Report on vaccination in the Province of Bengal - 1869-1873
Year: 1869
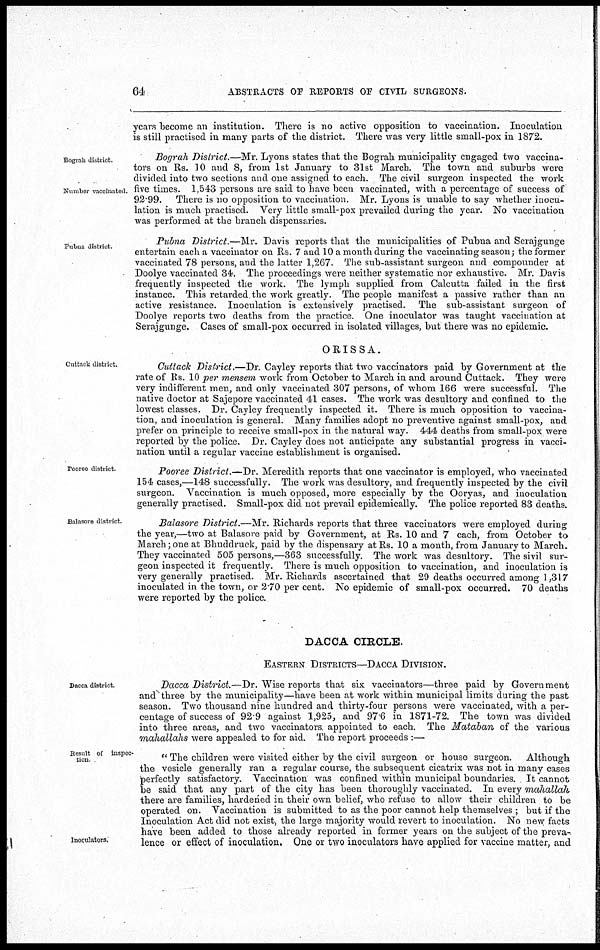
64
ABSTRACTS OF REPORTS OF CIVIL SURGEONS.
years become an institution. There is no active opposition to vaccination. Inoculation
is still practised in many parts of the district. There was very little small-pox in 1872.
Bograh district
Number vaccinated.
Bograh District.—Mr. Lyons states that the Bograh municipality engaged two vaccina-
tors on Rs. 10 and 8, from 1st January to 31st March. The town and suburbs were
divided into two sections and one assigned to each. The civil surgeon inspected the work
five times. 1,543 persons are said to have been vaccinated, with a percentage of success of
92.99. There is no opposition to vaccination. Mr. Lyons is unable to say whether inocu-
lation is much practised. Very little small-pox prevailed during the year. No vaccination
was performed at the branch dispensaries.
Pubua district.
Pubna District.—Mr. Davis reports that the municipalities of Pubna and Serajgunge
entertain each a vaccinator on Rs. 7 and 10 a month during the vaccinating season; the former
vaccinated 78 persons, and the latter 1,267. The sub-assistant surgeon and compounder at
Doolye vaccinated 34. The proceedings were neither systematic nor exhaustive. Mr. Davis
frequently inspected the work. The lymph supplied from Calcutta failed in the first
instance. This retarded the work greatly. The people manifest a passive rather than an
active resistance. Inoculation is extensively practised. The sub-assistant surgeon of
Doolye reports two deaths from the practice. One inoculator was taught vaccination at
Serajgunge. Cases of small-pox occurred in isolated villages, but there was no epidemic.
ORISSA.
Cuttack district.
Cuttack District.—Dr. Cayley reports that two vaccinators paid by Government at the
rate of Rs. 10 per mensem work from October to March in and around Cuttack. They were
very indifferent men, and only vaccinated 307 persons, of whom 166 were successful. The
native doctor at Sajepore vaccinated 41 cases. The work was desultory and confined to the
lowest classes. Dr. Cayley frequently inspected it. There is much opposition to vaccina-
tion, and inoculation is general. Many families adopt no preventive against small-pox, and
prefer on principle to receive small-pox in the natural way. 444 deaths from small-pox were
reported by the police. Dr. Cayley does not anticipate any substantial progress in vacci-
nation until a regular vaccine establishment is organised.
Pooree district.
Pooree District.—Dr. Meredith reports that one vaccinator is employed, who vaccinated
154 cases,—148 successfully. The work was desultory, and frequently inspected by the civil
surgeon. Vaccination is much opposed, more especially by the Ooryas, and inoculation
generally practised. Small-pox did not prevail epidemically. The police reported 83 deaths.
Balasore district.
Balasore District.—Mr. Richards reports that three vaccinators were employed during
the year,—two at Balasore paid by Government, at Rs. 10 and 7 each, from October to
March; one at Bhuddruck, paid by the dispensary at Rs. 10 a month, from January to March.
They vaccinated 505 persons,—363 successfully. The work was desultory. The sivil sur-
geon inspected it frequently. There is much opposition to vaccination, and inoculation is
very generally practised. Mr. Richards ascertained that 29 deaths occurred among 1,317
inoculated in the town, or 2.70 per cent. No epidemic of small-pox occurred. 70 deaths
were reported by the police.
DACCA CIRCLE.
EASTERN DISTRICTS—DACCA DIVISION.
Dacca district.
Dacca District.—Dr. Wise reports that six vaccinators—three paid by Government
and three by the municipality—have been at work within municipal limits during the past
season. Two thousand nine hundred and thirty-four persons were vaccinated, with a per-
centage of success of 92.9 against 1,925, and 97.6 in 1871-72. The town was divided
into three areas, and two vaccinators appointed to each. The Mataban of the various
mahallahs were appealed to for aid. The report proceeds :—
Result of inspec-
tion.
Inoculators.
" The children were visited either by the civil surgeon or house surgeon.
Although
the vesicle generally ran a regular course, the subsequent cicatrix was not in many cases
perfectly satisfactory. Vaccination was confined within municipal boundaries. It cannot
be said that any part of the city has been thoroughly vaccinated. In every mahalldh
there are families, hardened in their own belief, who refuse to allow their children to be
operated on. Vaccination is submitted to as the poor cannot help themselves ; but if the
Inoculation Act did not exist, the large majority would revert to inoculation. No new facts
have been added to those already reported in former years on the subject of the preva-
lence or effect of inoculation. One or two inoculators have applied for vaccine matter, and